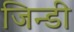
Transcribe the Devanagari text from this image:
जिन्डी